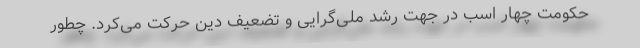
حکومت چهار اسب در جهت رشد ملی‌گرایی و تضعیف دین حرکت می‌کرد. چطور